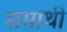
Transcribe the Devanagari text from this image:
समाथी